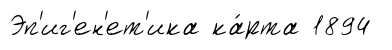
Эп'иг'ен'ет'ика ка́рта 1894